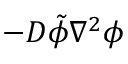
- D \tilde { \phi } \nabla ^ { 2 } \phi